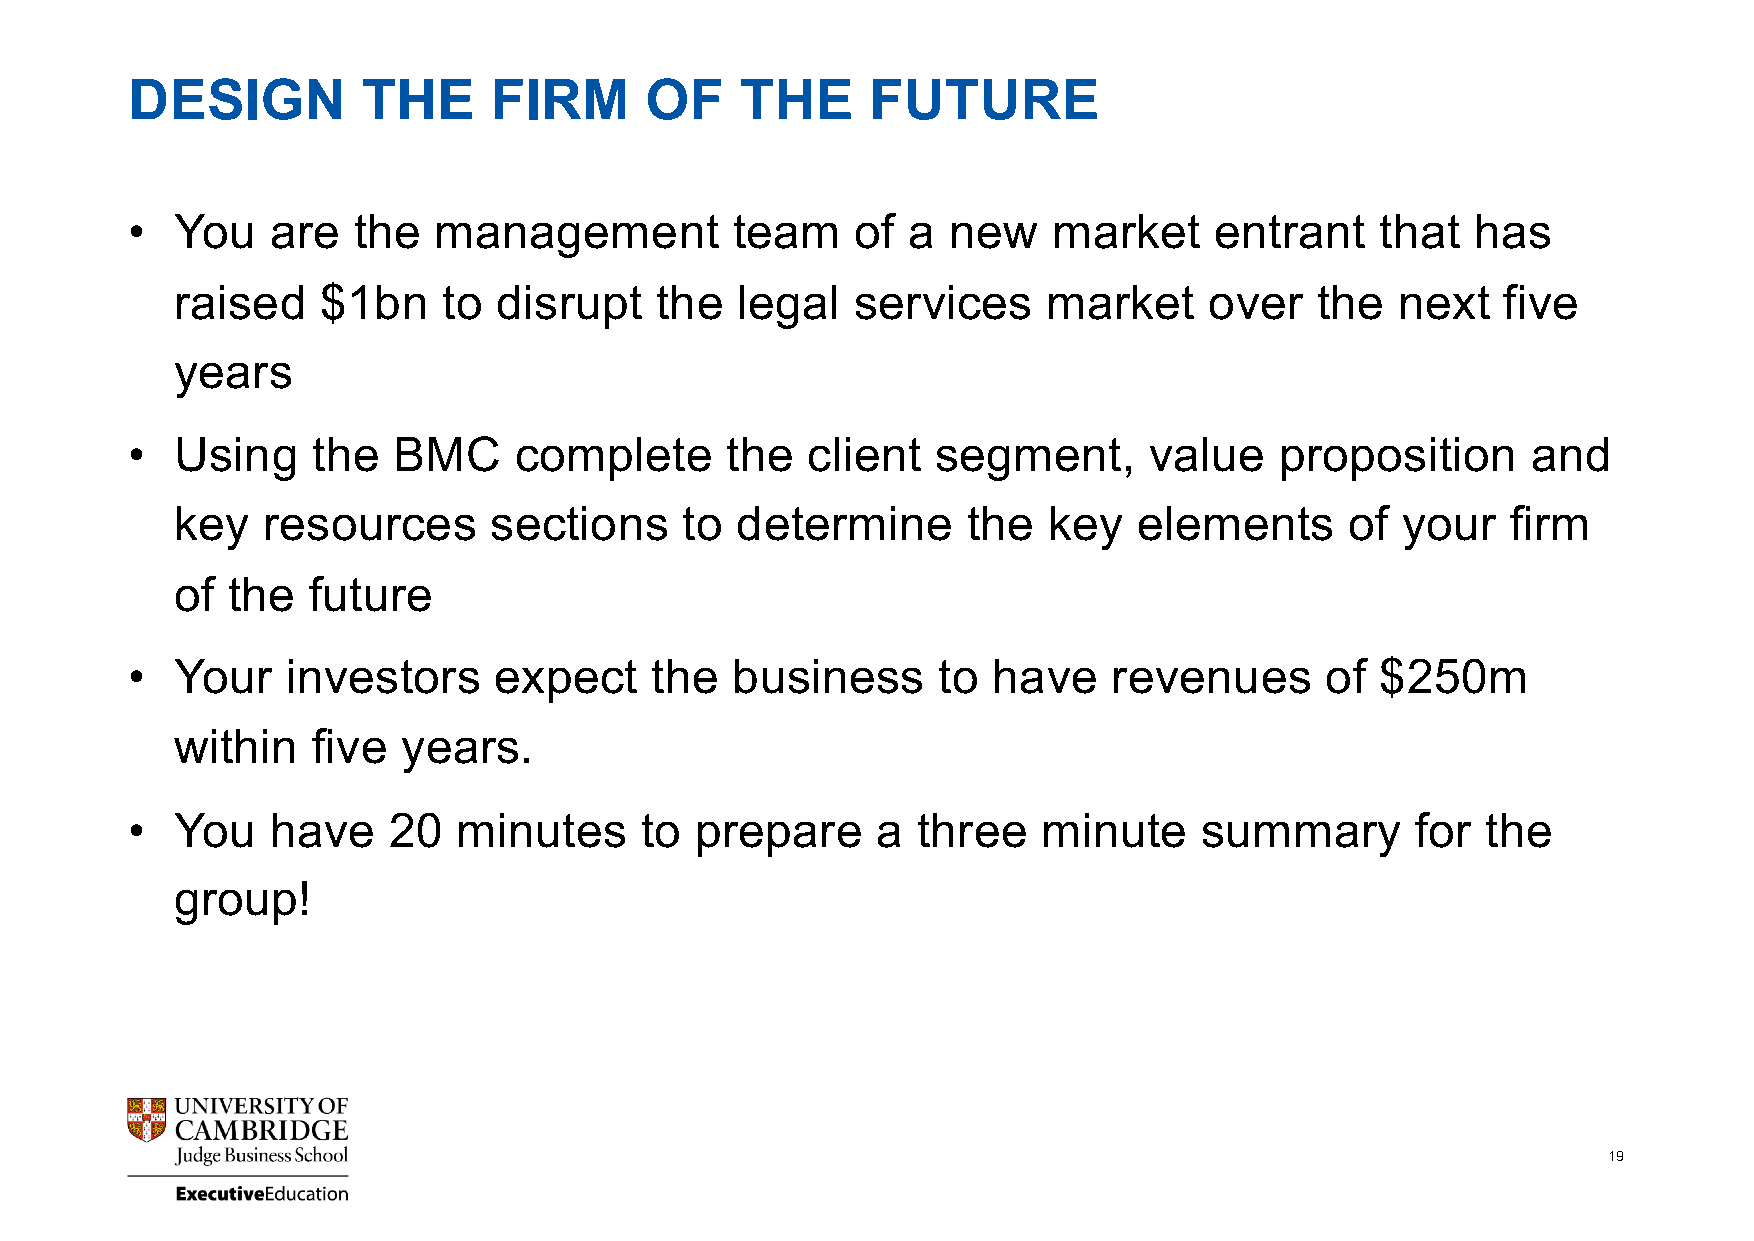
DESIGN          THE     FIRM       OF    THE      FUTURE
 •   You   are  the   management          team    of a  new    market    entrant    that   has
 raised   $1bn    to  disrupt   the   legal   services    market     over   the   next   five
 years
 •   Using    the  BMC     complete      the  client   segment,      value    proposition     and
 key  resources      sections     to  determine      the  key   elements      of  your   firm
 of the  future
 •   Your   investors     expect    the  business      to  have    revenues      of $250m
 within   five  years.
 •   You   have    20  minutes     to  prepare     a  three   minute     summary       for the
 group!
 19